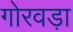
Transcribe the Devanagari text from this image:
गोरवड़ा